Problem: 6 × 2 = ?
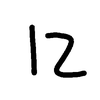
Handwritten answer: 12